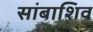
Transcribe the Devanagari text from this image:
सांबाशिव